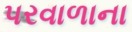
પરવાળાના